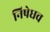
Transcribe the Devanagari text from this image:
निषेधच